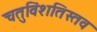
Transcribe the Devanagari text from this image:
चतुविंशतिस्तव